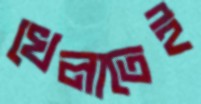
খেলাতেই